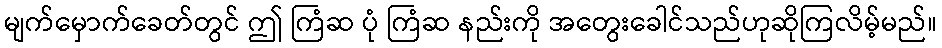
မျက်မှောက်ခေတ်တွင် ဤ ကြံဆ ပုံ ကြံဆ နည်းကို အတွေးခေါင်သည်ဟုဆိုကြလိမ့်မည်။